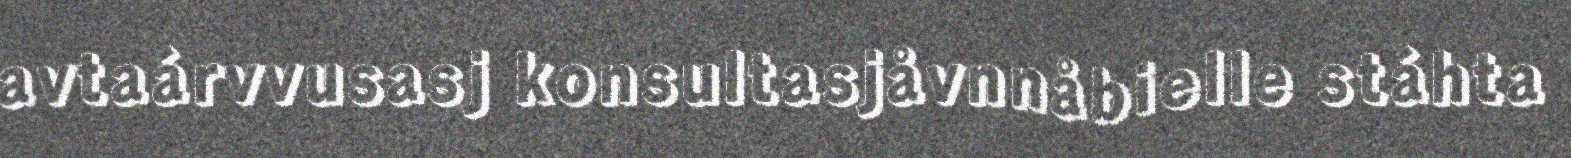
avtaárvvusasj konsultasjåvnnåbielle stáhta